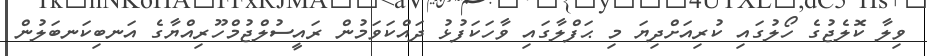
ވިލާ ކޮލެޖުގެ ހޯލުގައި ކުރިއަށްދިޔަ މި ޙަފްލާގައި ވާހަކަފުޅު ދައްކަވަމުން ރައީސުލްޖުމްހޫރިއްޔާގެ އަނބިކަނބަލުން